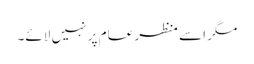
مگر اسے منظرِ عام پر نہیں لائے۔